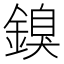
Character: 𲇙